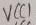
Text: VCC1